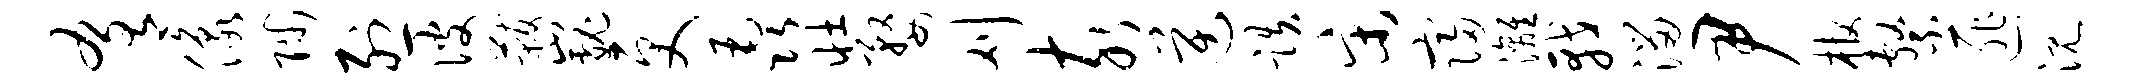
肴像陟烈彼黻巍更毳壮婺刈亥逆跌宋寝漓戟溜尹棺系匪沉